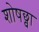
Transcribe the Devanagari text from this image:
शोषछ्वा